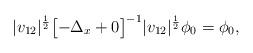
LaTeX: \begin{align*}|v_{12}|^{\frac 12} \bigl[- \Delta_x + 0\bigr]^{-1} |v_{12}|^{\frac 12} \phi_0 = \phi_0, \end{align*}